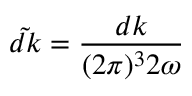
{ \tilde { d k } } = { \frac { d k } { ( 2 \pi ) ^ { 3 } 2 \omega } }